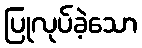
ပြုလုပ်ခဲ့သော